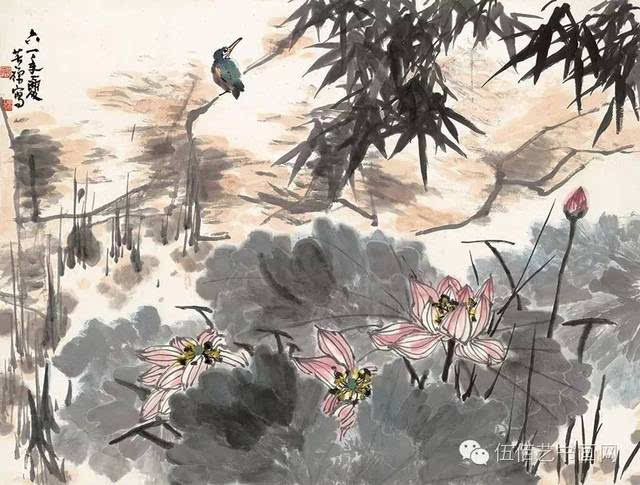
菡萏香连十顷陂，小姑贪戏采莲迟。